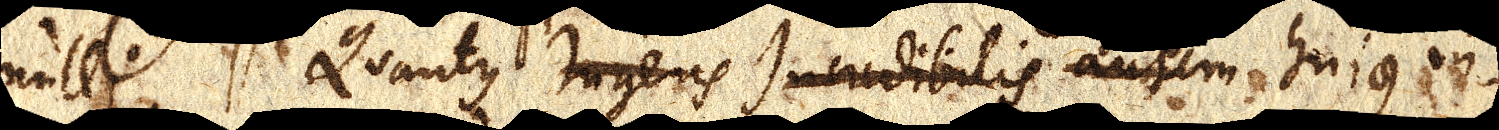
nulli. Quantus ingens incredibilis autem hujus in–